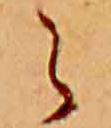
ら